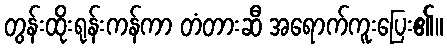
တွန်းထိုးရုန်းကန်ကာ တံတားဆီ အရောက်ကူးပြေး၏။